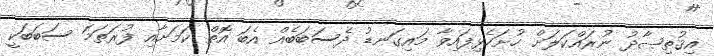
އިޤުތިޞާދު ނުރައްކަލަށް ހުށަހެޅިފައިވާ މައިގަނޑު ދެސަބަބެއް އެބަ އޮތް ކަމަށާއި ފުރަތަމަ ސަބަބަކީ